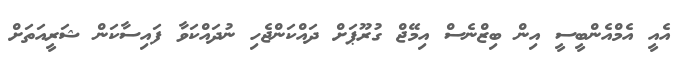
އެއީ އެމްއެންބީސީ އިން ބިޒްނެސް އިމޭޖް ގުރޫޕަށް ދައްކަންޖެހި ނުދައްކަވާ ފައިސާކަން ޝަރީއަތަށް